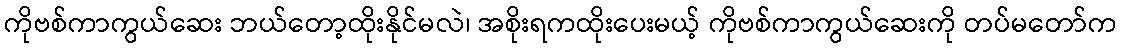
ကိုဗစ်ကာကွယ်ဆေး ဘယ်တော့ထိုးနိုင်မလဲ၊ အစိုးရကထိုးပေးမယ့် ကိုဗစ်ကာကွယ်ဆေးကို တပ်မတော်က